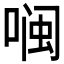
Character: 𮰖